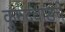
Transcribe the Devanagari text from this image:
कुरुंदवाडचे